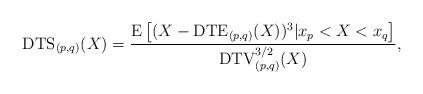
LaTeX: \begin{align*}\mathrm{DTS}_{(p,q)}(X)=\frac{\mathrm{E}\left[(X-\mathrm{DTE}_{(p,q)}(X))^{3}|x_{p}<X<x_{q}\right]}{\mathrm{DTV}_{(p,q)}^{3/2}(X)},\end{align*}